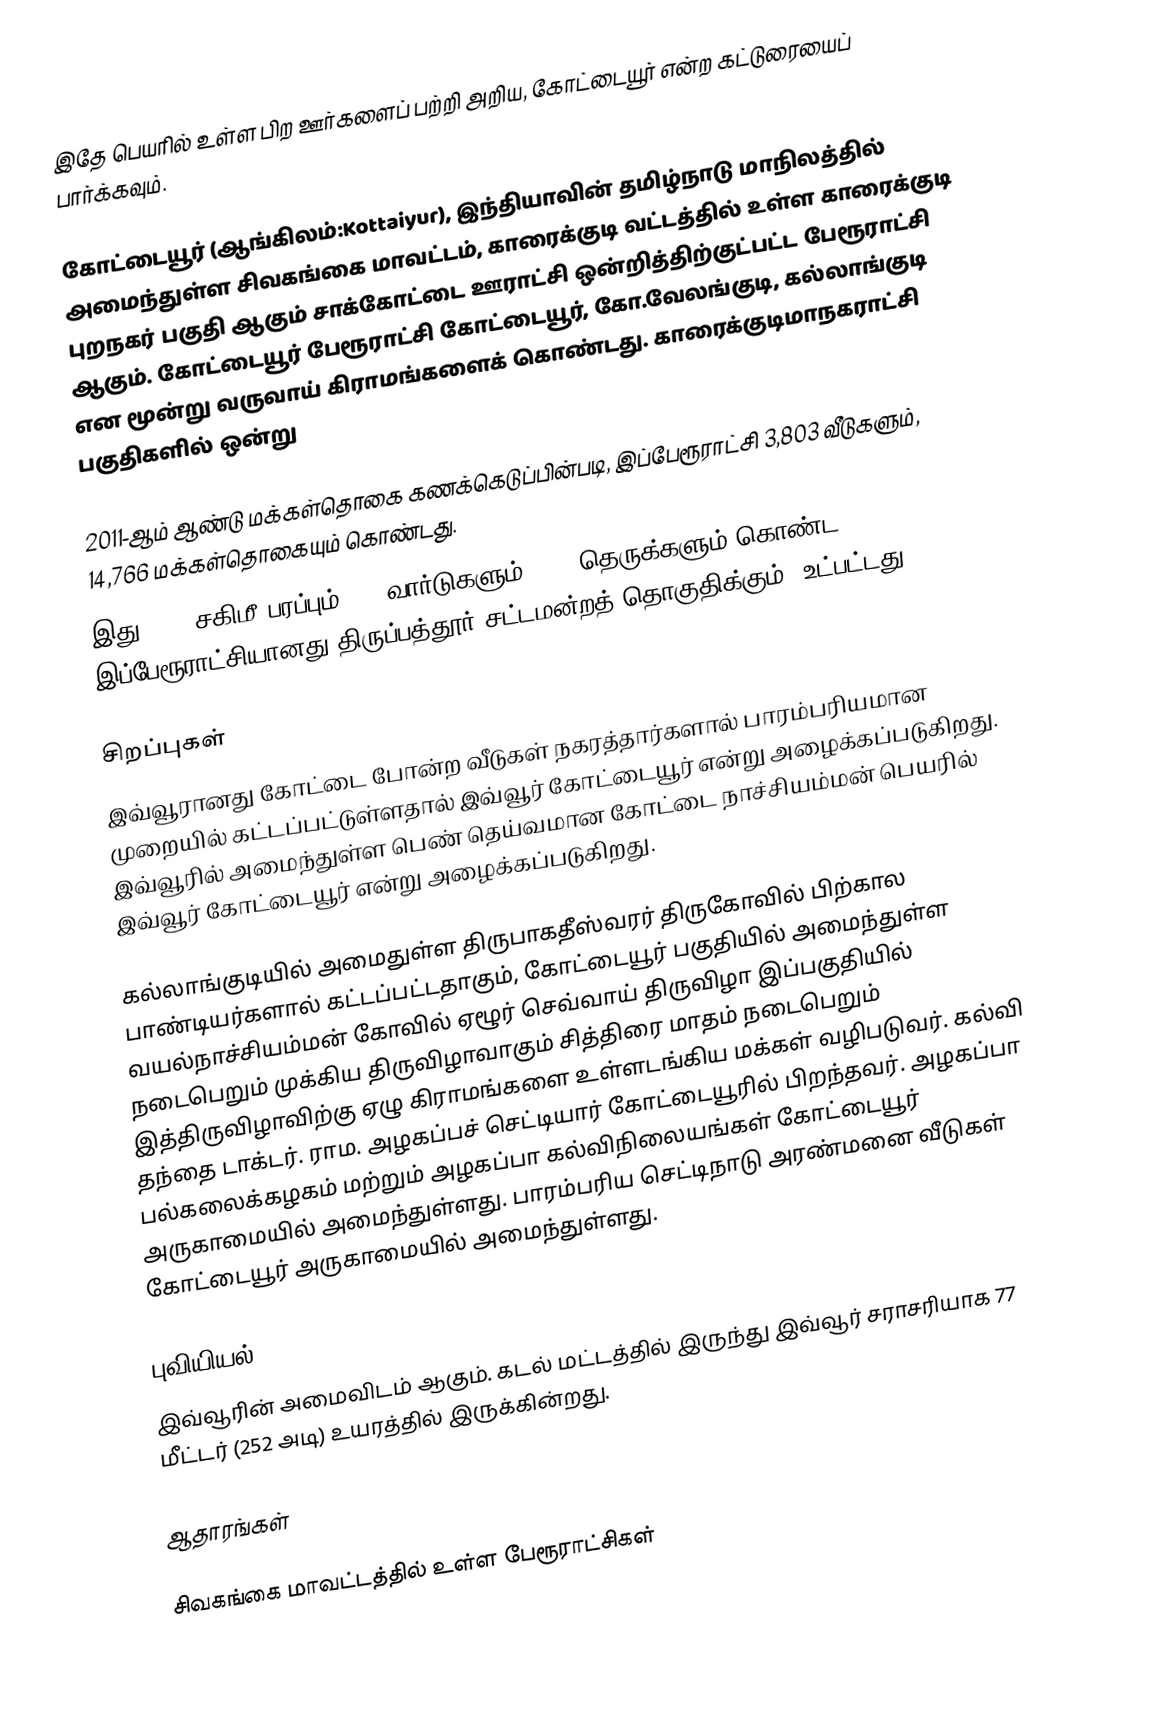
இதே பெயரில் உள்ள பிற ஊர்களைப் பற்றி அறிய, கோட்டையூர் என்ற கட்டுரையைப் பார்க்கவும்.

கோட்டையூர் (ஆங்கிலம்:Kottaiyur), இந்தியாவின் தமிழ்நாடு மாநிலத்தில் அமைந்துள்ள சிவகங்கை மாவட்டம்,  காரைக்குடி வட்டத்தில் உள்ள காரைக்குடி புறநகர் பகுதி ஆகும் சாக்கோட்டை ஊராட்சி ஒன்றித்திற்குட்பட்ட பேரூராட்சி ஆகும். கோட்டையூர் பேரூராட்சி கோட்டையூர், கோ.வேலங்குடி, கல்லாங்குடி  என மூன்று வருவாய் கிராமங்களைக் கொண்டது. காரைக்குடிமாநகராட்சி பகுதிகளில் ஒன்று

2011-ஆம் ஆண்டு மக்கள்தொகை கணக்கெடுப்பின்படி,   இப்பேரூராட்சி    3,803  வீடுகளும்,      14,766  மக்கள்தொகையும் கொண்டது.
இது 6.75 சகிமீ பரப்பும்,      15 வார்டுகளும், 136 தெருக்களும் கொண்ட இப்பேரூராட்சியானது  திருப்பத்தூர்  சட்டமன்றத் தொகுதிக்கும், உட்பட்டது.

சிறப்புகள்
இவ்வூரானது கோட்டை போன்ற வீடுகள் நகரத்தார்களால் பாரம்பரியமான முறையில் கட்டப்பட்டுள்ளதால் இவ்வூர் கோட்டையூர் என்று அழைக்கப்படுகிறது. இவ்வூரில் அமைந்துள்ள பெண் தெய்வமான கோட்டை நாச்சியம்மன் பெயரில் இவ்வூர் கோட்டையூர் என்று அழைக்கப்படுகிறது.

கல்லாங்குடியில் அமைதுள்ள திருபாகதீஸ்வரர் திருகோவில் பிற்கால பாண்டியர்களால் கட்டப்பட்டதாகும், கோட்டையூர் பகுதியில் அமைந்துள்ள வயல்நாச்சியம்மன் கோவில் ஏழூர் செவ்வாய் திருவிழா இப்பகுதியில் நடைபெறும் முக்கிய திருவிழாவாகும் சித்திரை மாதம் நடைபெறும் இத்திருவிழாவிற்கு ஏழு கிராமங்களை உள்ளடங்கிய மக்கள் வழிபடுவர். கல்வி தந்தை டாக்டர். ராம. அழகப்பச் செட்டியார் கோட்டையூரில் பிறந்தவர். அழகப்பா பல்கலைக்கழகம் மற்றும் அழகப்பா கல்விநிலையங்கள் கோட்டையூர் அருகாமையில் அமைந்துள்ளது.  பாரம்பரிய செட்டிநாடு அரண்மனை வீடுகள் கோட்டையூர் அருகாமையில் அமைந்துள்ளது.

புவியியல்
இவ்வூரின் அமைவிடம்  ஆகும். கடல் மட்டத்தில் இருந்து இவ்வூர் சராசரியாக 77 மீட்டர் (252 அடி) உயரத்தில் இருக்கின்றது.

ஆதாரங்கள்

சிவகங்கை மாவட்டத்தில் உள்ள பேரூராட்சிகள்